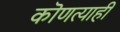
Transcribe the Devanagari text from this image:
कॊणत्याही